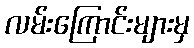
လမ်းကြောင်းများမှ